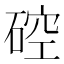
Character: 硿